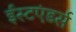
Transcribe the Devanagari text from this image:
ईस्टएंडर्स